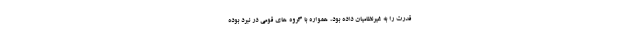
قدرت را به غیرنظامیان داده بود، همواره با گروه های قومی در نبرد بوده